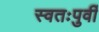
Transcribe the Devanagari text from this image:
स्वतःपुर्वी